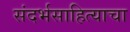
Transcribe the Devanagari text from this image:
संदर्भसाहित्याचा